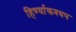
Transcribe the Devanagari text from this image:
हिर्ण्याकश्यप